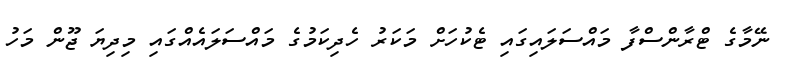
ނޭމާގެ ޓްރާންސްފާ މައްސަލައިގައި ޓެކުހަށް މަކަރު ހެދިކަމުގެ މައްސަލައެއްގައި މިދިޔަ ޖޫން މަހު